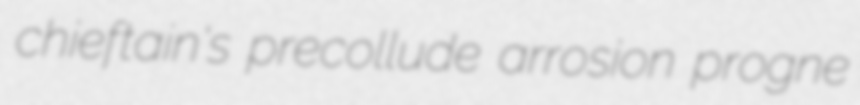
chieftain's precollude arrosion progne